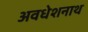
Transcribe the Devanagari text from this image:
अवधेशनाथ